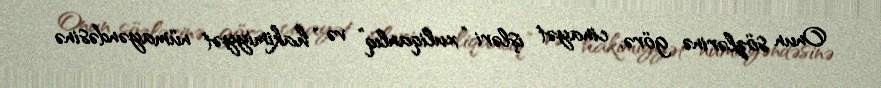
Onun sözlərinə görə, cinayət işləri “xuliqanlıq” və “hakimiyyət nümayəndəsinə